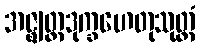
အဇ္ဈတ္တဒုက္ခဟေတုသုတ္တံ